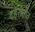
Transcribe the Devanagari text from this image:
दहशतीत